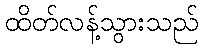
ထိတ်လန့်သွားသည်